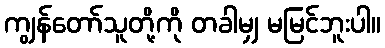
ကျွန်တော်သူတို့ကို တခါမျှ မမြင်ဘူးပါ။